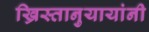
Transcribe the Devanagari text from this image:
ख्रिस्तानुयायांनी